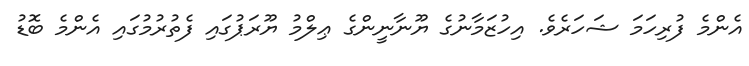
އެންމެ ފުރިހަމަ ޝަހަރެވެ. އިހުޒަމާނުގެ ޔޫނާނީންގެ ޢިލްމު ޔޫރަޕުގައި ފެތުރުމުގައި އެންމެ ބޮޑު